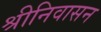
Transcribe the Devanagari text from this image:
श्रीनिवासन